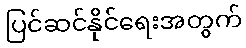
ပြင်ဆင်နိုင်ရေးအတွက်